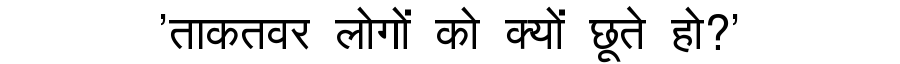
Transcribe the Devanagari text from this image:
'ताकतवर लोगों को क्यों छूते हो?'